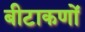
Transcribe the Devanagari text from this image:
बीटाकणों